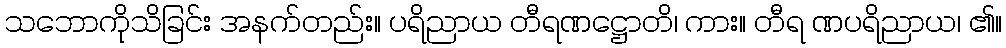
သဘောကိုသိခြင်း အနက်တည်း။ ပရိညာယ တီရဏဋ္ဌောတိ၊ ကား။ တီရ ဏပရိညာယ၊ ၏။